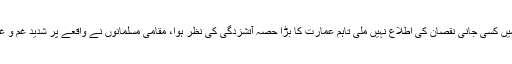
آگ لگنے کے واقعے میں کسی جانی نقصان کی اطلاع نہیں ملی تاہم عمارت کا بڑا حصہ آتشزدگی کی نظر ہوا، مقامی مسلمانوں نے واقعے پر شدید غم و غصے کا اظہار کیا ہے۔